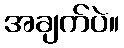
အချက်ပဲ။